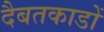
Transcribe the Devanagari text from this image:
दैबतकाडों